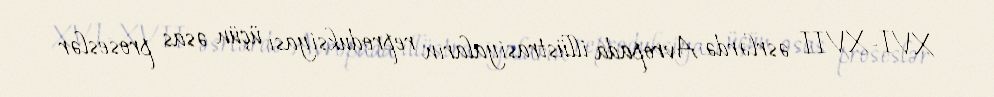
XVI–XVII əsrlərdə Avropada illüstrasiyaların reproduksiyası üçün əsas proseslər